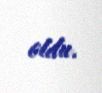
oldu.